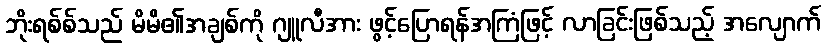
ဘိုးရစ်စ်သည် မိမိ၏အချစ်ကို ဂျူလီအား ဖွင့်ပြောရန်အကြံဖြင့် လာခြင်းဖြစ်သည့် အလျောက်